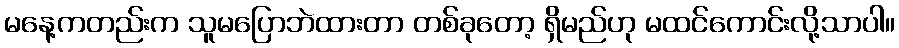
မနေ့ကတည်းက သူမပြောဘဲထားတာ တစ်ခုတော့ ရှိမည်ဟု မထင်ကောင်းလို့သာပါ။